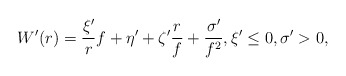
\begin{align*} W'(r) = \frac{\xi'}{r}f + \eta' + \zeta' \frac{r}{f} + \frac{\sigma'}{f^2}, \xi' \le 0, \sigma'>0,\end{align*}